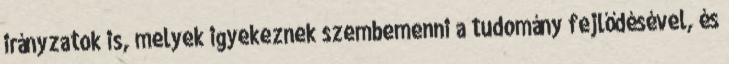
irányzatok is, melyek igyekeznek szembemenni a tudomány fejlődésével, és